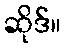
ဆိုဒ်။